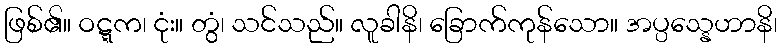
ဖြစ်၏။ ဝဋ္ဋက၊ ငုံး။ တွံ၊ သင်သည်။ လူခါနိ၊ ခြောက်ကုန်သော။ အပ္ပသ္နေဟာနိ၊